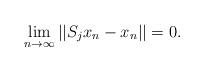
LaTeX: \begin{align*}\lim_{n\to\infty}||S_{j}x_n-x_n||=0.\end{align*}